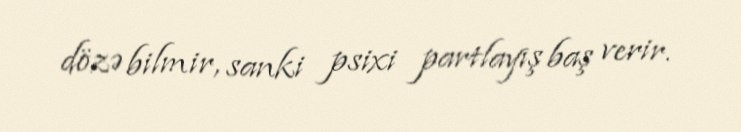
dözə bilmir, sanki psixi partlayış baş verir.